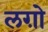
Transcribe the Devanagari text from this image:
लग़ो